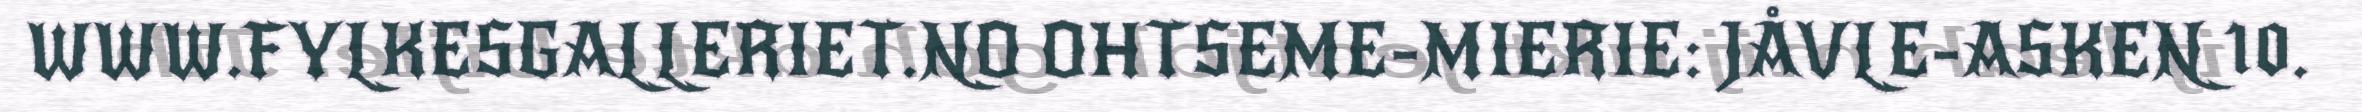
WWW.FYLKESGALLERIET.NO OHTSEME-MIERIE: JÅVLE-ASKEN 10.